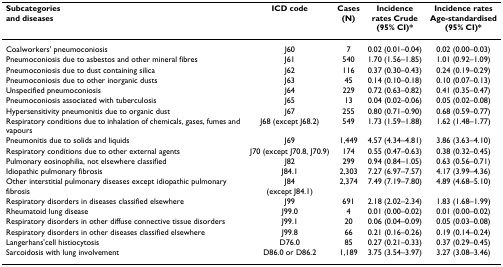
<table><thead><tr><td><b>Subcategoriesand diseases</b></td><td><b>ICD code</b></td><td><b>Cases(N)</b></td><td><b>Incidence rates Crude(95% CI)*</b></td><td><b>Incidence ratesAge-standardised(95% CI)*</b></td></tr></thead><tbody><tr><td>Coalworkers&#x27; pneumoconiosis</td><td>J60</td><td>7</td><td>0.02 (0.01–0.04)</td><td>0.02 (0.00–0.03)</td></tr><tr><td>Pneumoconiosis due to asbestos and other mineral fibres</td><td>J61</td><td>540</td><td>1.70 (1.56–1.85)</td><td>1.01 (0.92–1.09)</td></tr><tr><td>Pneumoconiosis due to dust containing silica</td><td>J62</td><td>116</td><td>0.37 (0.30–0.43)</td><td>0.24 (0.19–0.29)</td></tr><tr><td>Pneumoconiosis due to other inorganic dusts</td><td>J63</td><td>45</td><td>0.14 (0.10–0.18)</td><td>0.10 (0.07–0.13)</td></tr><tr><td>Unspecified pneumoconiosis</td><td>J64</td><td>229</td><td>0.72 (0.63–0.82)</td><td>0.41 (0.35–0.47)</td></tr><tr><td>Pneumoconiosis associated with tuberculosis</td><td>J65</td><td>13</td><td>0.04 (0.02–0.06)</td><td>0.05 (0.02–0.08)</td></tr><tr><td>Hypersensitivity pneumonitis due to organic dust</td><td>J67</td><td>255</td><td>0.80 (0.71–0.90)</td><td>0.68 (0.59–0.77)</td></tr><tr><td>Respiratory conditions due to inhalation of chemicals, gases, fumes and vapours</td><td>J68 (except J68.2)</td><td>549</td><td>1.73 (1.59–1.88)</td><td>1.62 (1.48–1.77)</td></tr><tr><td>Pneumonitis due to solids and liquids</td><td>J69</td><td>1,449</td><td>4.57 (4.34–4.81)</td><td>3.86 (3.63–4.10)</td></tr><tr><td>Respiratory conditions due to other external agents</td><td>J70 (except J70.8, J70.9)</td><td>174</td><td>0.55 (0.47–0.63)</td><td>0.38 (0.32–0.45)</td></tr><tr><td>Pulmonary eosinophilia, not elsewhere classified</td><td>J82</td><td>299</td><td>0.94 (0.84–1.05)</td><td>0.63 (0.56–0.71)</td></tr><tr><td>Idiopathic pulmonary fibrosis</td><td>J84.1</td><td>2,303</td><td>7.27 (6.97–7.57)</td><td>4.17 (3.99–4.36)</td></tr><tr><td>Other interstitial pulmonary diseases except idiopathic pulmonary fibrosis</td><td>J84(except J84.1)</td><td>2,374</td><td>7.49 (7.19–7.80)</td><td>4.89 (4.68–5.10)</td></tr><tr><td>Respiratory disorders in diseases classified elsewhere</td><td>J99</td><td>691</td><td>2.18 (2.02–2.34)</td><td>1.83 (1.68–1.99)</td></tr><tr><td>Rheumatoid lung disease</td><td>J99.0</td><td>4</td><td>0.01 (0.00–0.02)</td><td>0.01 (0.00–0.02)</td></tr><tr><td>Respiratory disorders in other diffuse connective tissue disorders</td><td>J99.1</td><td>20</td><td>0.06 (0.04–0.09)</td><td>0.05 (0.03–0.08)</td></tr><tr><td>Respiratory disorders in other diseases classified elsewhere</td><td>J99.8</td><td>66</td><td>0.21 (0.16–0.26)</td><td>0.19 (0.14–0.24)</td></tr><tr><td>Langerhans&#x27;cell histiocytosis</td><td>D76.0</td><td>85</td><td>0.27 (0.21–0.33)</td><td>0.37 (0.29–0.45)</td></tr><tr><td>Sarcoidosis with lung involvement</td><td>D86.0 or D86.2</td><td>1,189</td><td>3.75 (3.54–3.97)</td><td>3.27 (3.08–3.46)</td></tr></tbody></table>